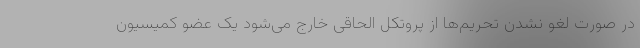
در صورت لغو نشدن تحریم‌ها از پروتکل الحاقی خارج می‌شود یک عضو کمیسیون